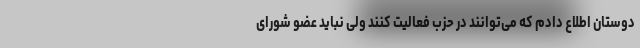
دوستان اطلاع دادم که می‌توانند در حزب فعالیت کنند ولی نباید عضو شورای